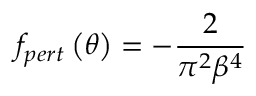
f _ { p e r t } \left( \theta \right) = - \frac { 2 } { \pi ^ { 2 } \beta ^ { 4 } }